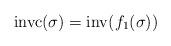
LaTeX: \begin{align*}{\rm invc}(\sigma) = {\rm inv}(f_1(\sigma))\end{align*}